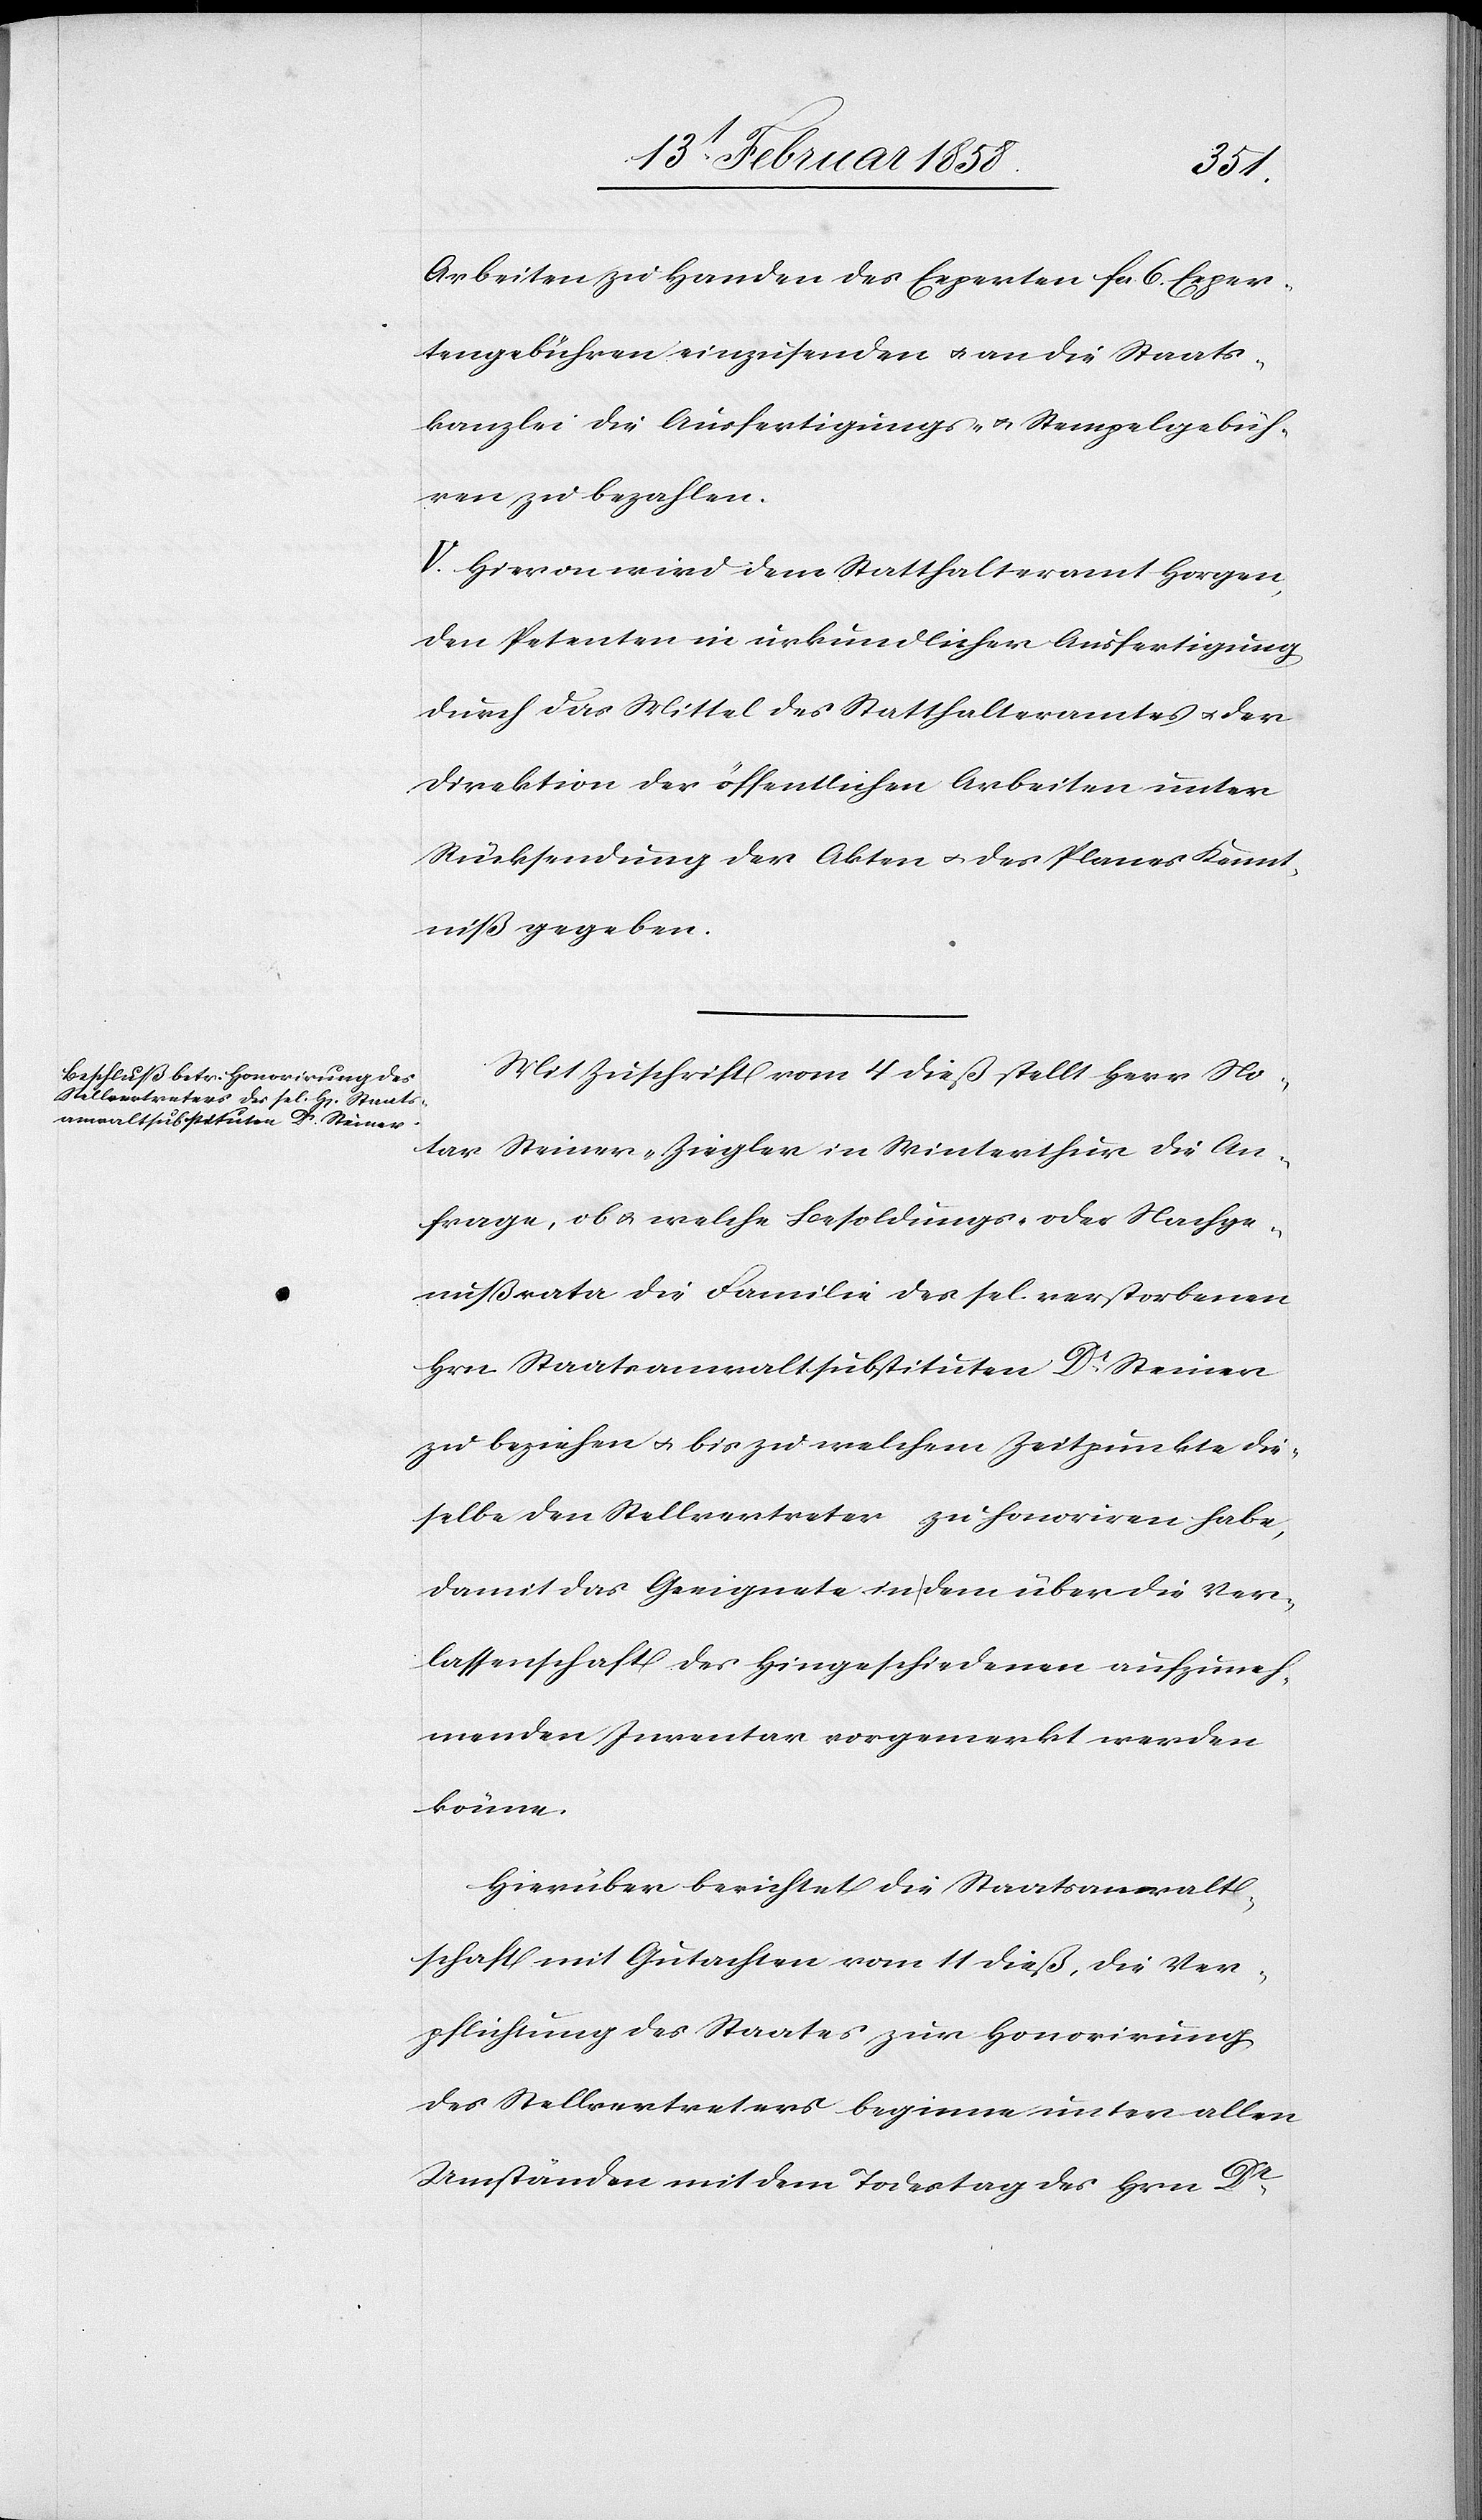
Arbeiten zu Handen des Experten fcs. 6. Exper¬
tengebühren einzusenden u. an die Staats¬
kanzlei die Ausfertigungs- u. Stempelgebüh¬
ren zu bezahlen.
V. Hievon wird dem Statthalteramt Horgen,
den Petenten in urkundlicher Ausfertigung
durch das Mittel des Statthalteramtes u. der
Direktion der öffentlichen Arbeiten unter
Rücksendung der Akten u. des Planes Kennt¬
niß gegeben.
Mit Zuschrift vom 4 dieß stellt Herr No¬
tar Steiner-Ziegler in Winterthur die An¬
frage, ob u. welche Besoldungs- oder Nachge¬
nußrata die Familie des sel. verstorbenen
Hrn. Staatsanwaltsubstituten Dr Steiner
zu beziehen u. bis zu welchem Zeitpunkte die¬
selbe den Stellvertreter zu honoriren habe,
damit das Geeignete in dem über die Ver¬
lassenschaft des Hingeschiedenen aufzuneh¬
menden Inventar vorgemerkt werden
könne.
Hierüber berichtet die Staatsanwalt¬
schaft mit Gutachten vom 11 dieß, die Ver¬
pflichtung des Staates zur Honorirung
des Stellvertreters beginne unter allen
Umständen mit dem Todestag des Hrn. Dr